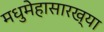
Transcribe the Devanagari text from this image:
मधुमेहासारख्या